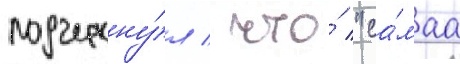
подчеркну́л / что́ "са́маа